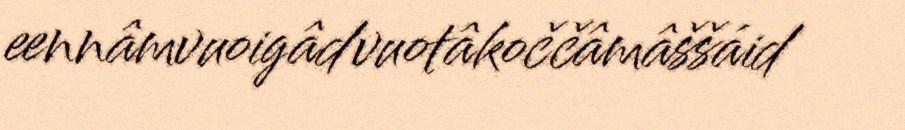
eennâmvuoigâdvuotâkoččâmâššáid